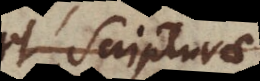
et Scripturam